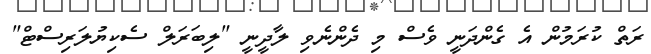
ރަތް ކުރަމުން އެ ގެންދަނީ ވެސް މި ދެންނެވި ލާދީނީ "ލިބަރަލް ސެކިޔުލަރިސްޓް"